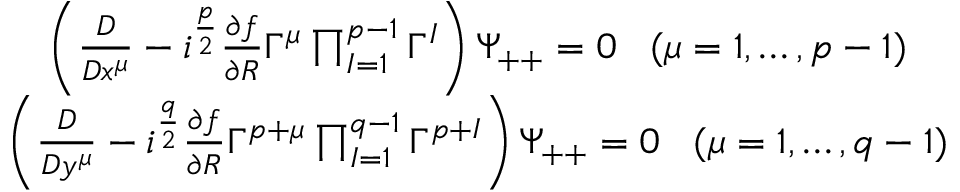
\begin{array} { c } { { \left( { \frac { D } { D x ^ { \mu } } } - i ^ { \frac { p } { 2 } } { \frac { \partial f } { \partial R } } \Gamma ^ { \mu } \prod _ { I = 1 } ^ { p - 1 } \Gamma ^ { I } \right) \Psi _ { + + } = 0 \; \; \; ( \mu = 1 , \ldots , p - 1 ) } } \\ { { \left( { \frac { D } { D y ^ { \mu } } } - i ^ { \frac { q } { 2 } } { \frac { \partial f } { \partial R } } \Gamma ^ { p + \mu } \prod _ { I = 1 } ^ { q - 1 } \Gamma ^ { p + I } \right) \Psi _ { + + } = 0 \; \; \; ( \mu = 1 , \ldots , q - 1 ) } } \end{array}